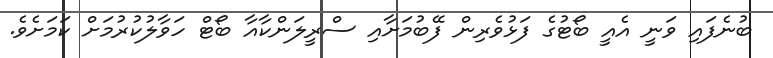
ބުނެފައި ވަނީ އެއީ ބޯޓުގެ ފަޅުވެރިން ފޭބުމަށާއި ސްރީލަންކާއާ ބޯޓް ހަވާލުކުރުމަށް ކަމަށެވެ.